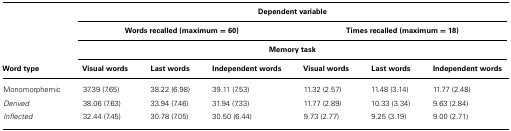
<table><thead><tr><td></td><td colspan="6"><b>Dependent variable</b></td></tr><tr><td></td><td colspan="3"><b>Words recalled (maximum = 60)</b></td><td colspan="3"><b>Times recalled (maximum = 18)</b></td></tr><tr><td></td><td colspan="6"><b>Memory task</b></td></tr><tr><td><b>Word type</b></td><td><b>Visual words</b></td><td><b>Last words</b></td><td><b>Independent words</b></td><td><b>Visual words</b></td><td><b>Last words</b></td><td><b>Independent words</b></td></tr></thead><tbody><tr><td>Monomorphemic</td><td>37.39 (7.65)</td><td>38.22 (6.98)</td><td>39.11 (7.53)</td><td>11.32 (2.57)</td><td>11.48 (3.14)</td><td>11.77 (2.48)</td></tr><tr><td><i>Derived</i></td><td>38.06 (7.63)</td><td>33.94 (7.46)</td><td>31.94 (7.33)</td><td>11.77 (2.89)</td><td>10.33 (3.34)</td><td>9.63 (2.84)</td></tr><tr><td><i>Inflected</i></td><td>32.44 (7.45)</td><td>30.78 (7.05)</td><td>30.50 (6.44)</td><td>9.73 (2.77)</td><td>9.25 (3.19)</td><td>9.00 (2.71)</td></tr></tbody></table>